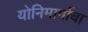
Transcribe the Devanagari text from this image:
योनिमार्गाचा